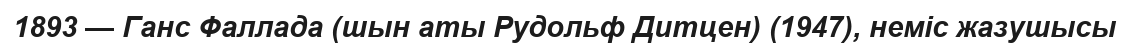
1893 — Ганс Фаллада (шын аты Рудольф Дитцен) (1947), неміс жазушысы